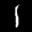
Label: 1